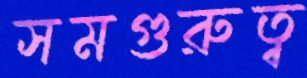
সমগুরুত্ব